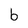
Character: b